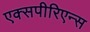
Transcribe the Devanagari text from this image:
एक्सपीरिएन्स